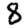
Digit: 8